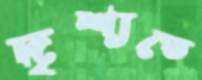
দৃশ্যতে